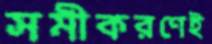
সমীকরণেই